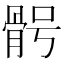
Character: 𩨴